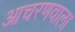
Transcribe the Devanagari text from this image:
आचरणवाला